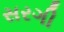
સરગી